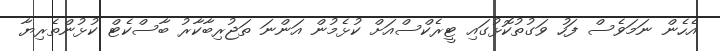
އެހެން ނަމަވެސް ފަހު ވަގުތުކޮޅުގައި ޓީރެކްސްއަށް ކުޅެމުން އަންނަ ތަޖުރިބާކާރު ބާސްކެޓް ކުޅުންތެރިޔާ